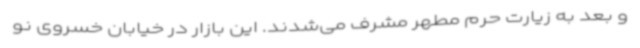
و بعد به زیارت حرم مطهر مشرف می‌شدند. این بازار در خیابان خسروی نو